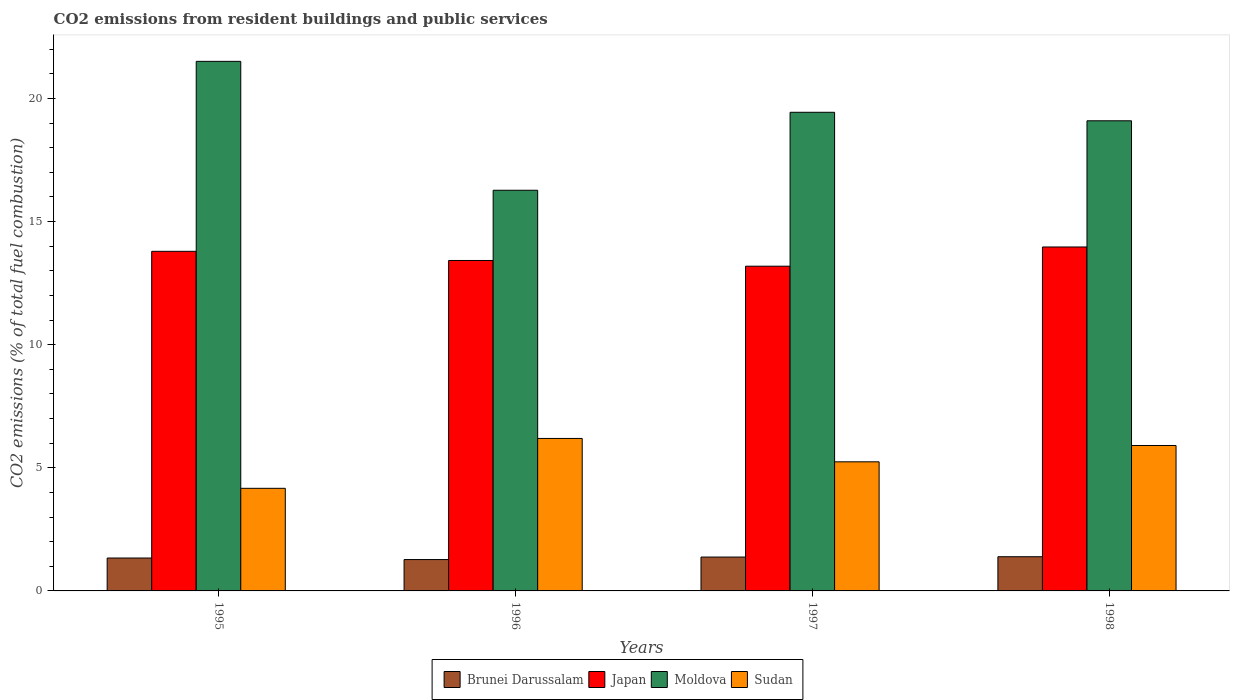
| Years | Brunei Darussalam | Japan | Moldova | Sudan |
 | --- | --- | --- | --- | --- |
 | 1995 | 1.34 | 13.8 | 21.5 | 4.17 |
 | 1996 | 1.27 | 13.4 | 16.3 | 6.19 |
 | 1997 | 1.38 | 13.2 | 19.4 | 5.24 |
 | 1998 | 1.39 | 14 | 19.1 | 5.91 |